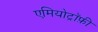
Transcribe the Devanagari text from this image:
एमियोट्रॉफ़ी